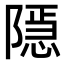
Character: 𨼆